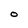
Character: O